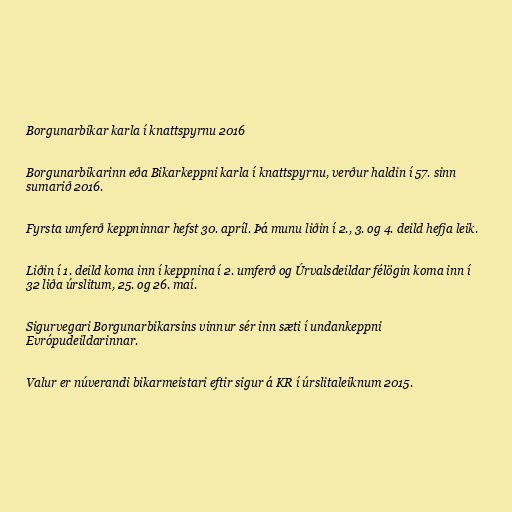
Borgunarbikar karla í knattspyrnu 2016

Borgunarbikarinn eða Bikarkeppni karla í knattspyrnu, verður haldin í 57. sinn
sumarið 2016.

Fyrsta umferð keppninnar hefst 30. apríl. Þá munu liðin í 2., 3. og 4. deild hefja leik.

Liðin í 1. deild koma inn í keppnina í 2. umferð og Úrvalsdeildar félögin koma inn í
32 liða úrslitum, 25. og 26. maí.

Sigurvegari Borgunarbikarsins vinnur sér inn sæti í undankeppni
Evrópudeildarinnar.

Valur er núverandi bikarmeistari eftir sigur á KR í úrslitaleiknum 2015.